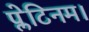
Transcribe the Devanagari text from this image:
प्लेटिनम।